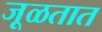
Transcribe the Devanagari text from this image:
जूळतात